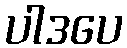
ပါဒပေ